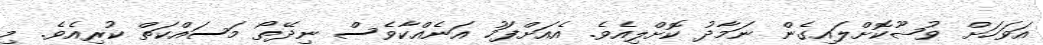
އަވަހަށް ވުޟޫކޮށްލައިގެން ނަމާދު ކޮށްލިއެވެ. އެއަށްފަހު އަނެއްކާވެސް ނިދޭތޯ މަސައްކަތް ކުރިއެވެ. މި